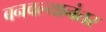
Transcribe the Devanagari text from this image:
बनवल्यानंतर